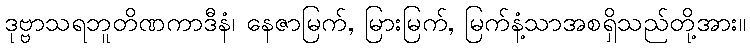
ဒုဗ္ဗာသရဘူတိဏကာဒီနံ၊ နေဇာမြက်, မြားမြက်, မြက်နံ့သာအစရှိသည်တို့အား။